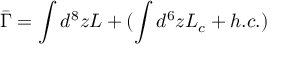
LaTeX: \bar { \Gamma } = \int d ^ { 8 } z L + ( \int d ^ { 6 } z { \cal L } _ { c } + h . c . )